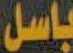
باسل